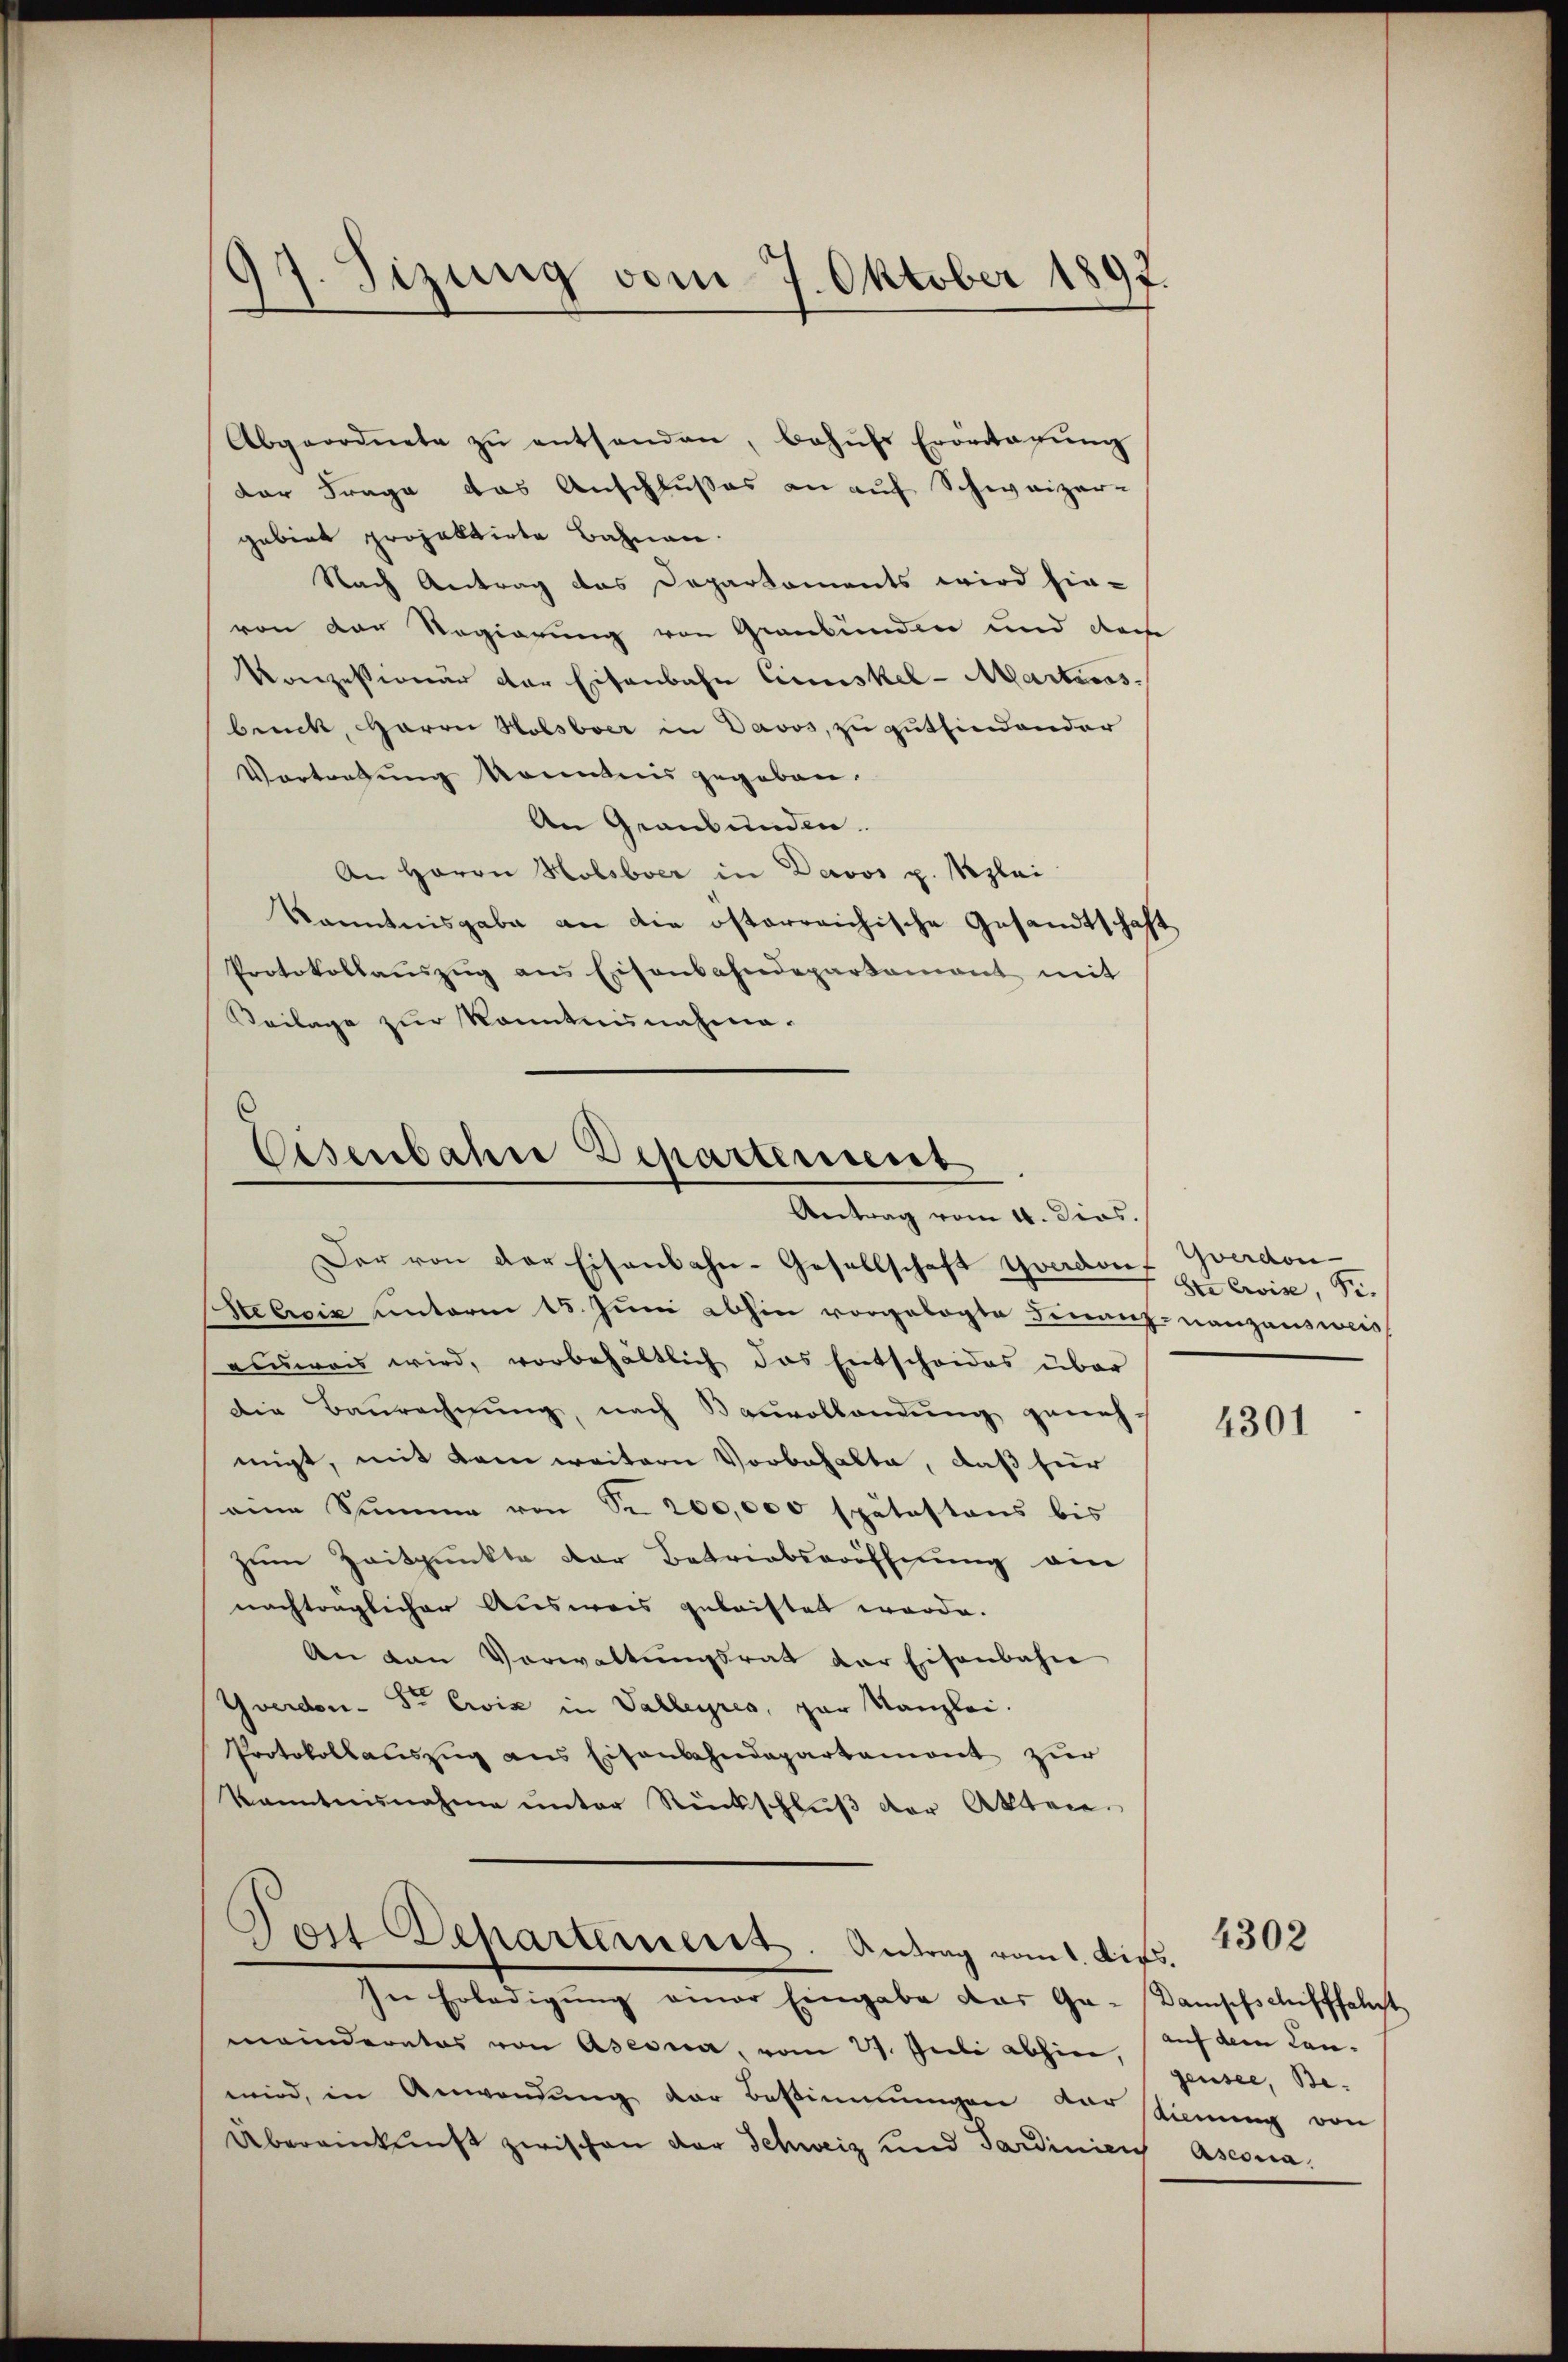
97. Sizung vom 7. Oktober 1897

Abgeordnete zŭ entsenden, behŭfs Erontagŭng
der Frage das Anschlußes an auf Schweizer-
gebiet projektirte Bahnen.
Nach Antrag das Departaments wird hie-
von der Regierung von Graubünden und der
Konzessionär der Eisenbahn Cruskel- Marticas
brück, Herrn Holsboer in Davos, zu gutfindender
Vortretung konntnis gegeben.
An Graubünden.
An Herrn Holsbver in Davos p. Weglei
Kenntnisgabe an die österreichische Gesandtschaft
Protokollaŭszŭg ans Eisenbahndepartament mit
Veilage zur Kenntnisnahme.

Eisenbahre Departement
Antrag vom 4. Dios.

Der von der Eisenbahn-Gesellschaft Yverdorf Yverdon-
Stebrig unterm 15. Juni abhin vorgelegte Finanz-nanzausweis
ausweis wird, vorbehältlich das Entscheides über
Die Baurechnung, nach Bauvollandung genehmigt, mit kam weitern Vorbehalte, daß hier
eine Summe von Sr. 200,000 spätestens bis
zum Zeitpunkte der Betriebseröffnung ein
nachtraglicher Ausweis geleistet werde.
An van Verwaltŭngsrat der Eisenbahn
Yverdon Sr Exis in Valleyres, par Kanzlei.
Protokollauszug aus Eisenbahndepartement zur
kanntnisnahme unter Rückschluß der Akten.
Toil Departement. Antrag vom 1. difs.
In Erledigŭng einer Eingabe das Ga-Dampfschifffahrt
meinderates von Aseona, vom 27. Juli abhin,
wird, in Anwendung der Bestimmungen der stimmig von
Übereinkunft zwischen der Schweiz und Sardinien Ascona

Ste Crise Fr.

4301

auf dem Can- |
gensee, Be-

4302